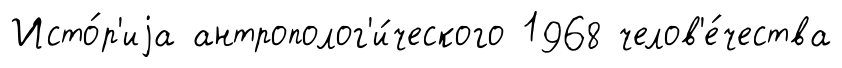
Исто́р'иjа антрополог'и́ческого 1968 челов'е́чества